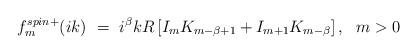
LaTeX: \begin{align*}f_m^{spin+}(ik)\ =\ i^\beta kR \left[I_mK_{m-\beta+1}+I_{m+1}K_{m-\beta}\right], \ \ m>0\end{align*}